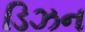
ડિઝન